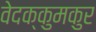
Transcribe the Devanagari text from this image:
वेदक्कुमकुर